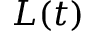
L ( t )